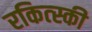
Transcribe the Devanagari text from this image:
रकित्स्की